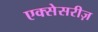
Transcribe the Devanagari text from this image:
एक्सेसरीज़